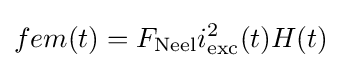
fem(t)=F_{\text{Neel}}i_{\text{exc}}^{2}(t)H(t)